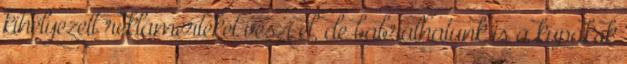
kihelyezett reklámértékét veszi el, de babrálhatunk is a kupakok